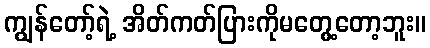
ကျွန်တော့်ရဲ့ အိတ်ကတ်ပြားကိုမတွေ့တော့ဘူး။